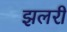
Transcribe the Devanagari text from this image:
झलरी